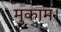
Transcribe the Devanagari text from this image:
मुकाम।